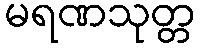
မရဏသုတ္တ